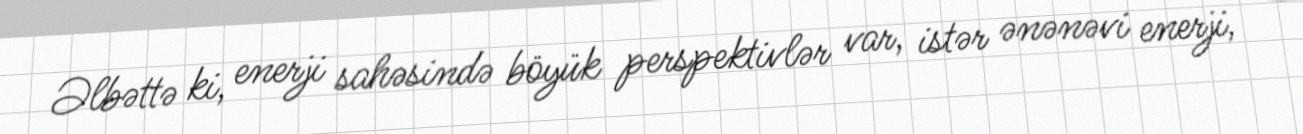
Əlbəttə ki, enerji sahəsində böyük perspektivlər var, istər ənənəvi enerji,